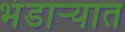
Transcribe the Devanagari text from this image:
भंडार्‍यात